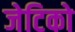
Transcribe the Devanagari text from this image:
जेटिको